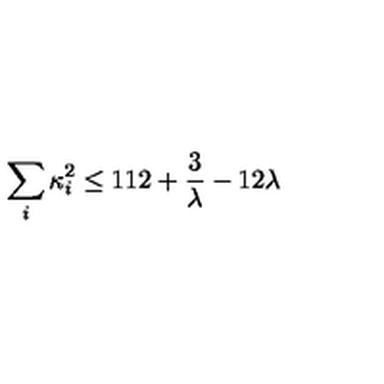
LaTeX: \sum _ { i } \kappa _ { i } ^ { 2 } \leq 1 1 2 + { \frac { 3 } { \lambda } } - 1 2 \lambda